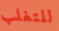
للتغلب